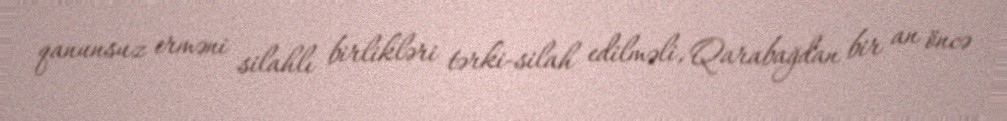
qanunsuz erməni silahlı birlikləri tərki-silah edilməli, Qarabağdan bir an öncə